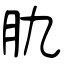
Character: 肍